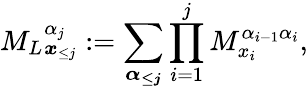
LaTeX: {M_{L}}_{\boldsymbol x_{\le j}}^{\alpha_{j}}:=\sum_{\boldsymbol{\alpha_{\le j}}}\prod_{i=1}^{j}M_{x_{i}}^{\alpha_{i-1}\alpha_{i}},